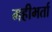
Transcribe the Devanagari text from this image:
महीभर्ता